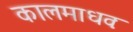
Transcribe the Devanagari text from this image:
कालमाधवः